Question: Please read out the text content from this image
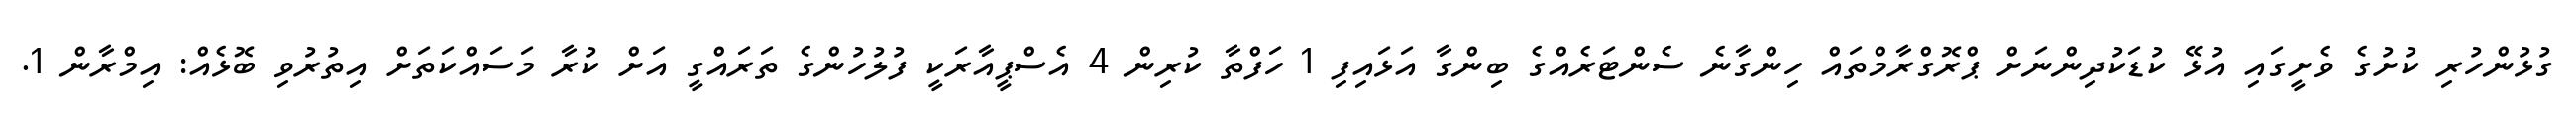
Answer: ގުޅުންހުރި ކުށުގެ ވެށީގައި އުޅޭ ކުޑަކުދިންނަށް ޕްރޮގްރާމްތައް ހިންގާނެ ސެންޓަރެއްގެ ބިންގާ އަޅައިފި 1 ހަފްތާ ކުރިން 4 އެސްޕީއާރަކީ ފުލުހުންގެ ތަރައްގީ އަށް ކުރާ މަސައްކަތަށް އިތުރުވި ބޮޅެއް: އިމްރާން 1.